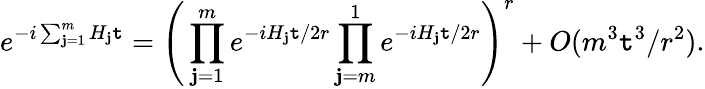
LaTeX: e^{-i\sum_{\mathbf{j}=1}^{m}H_{\mathbf{j}}\mathtt{t}}=\Bigg(\prod_{\mathbf{j}=1}^{m}e^{-iH_{\mathbf{j}}\mathtt{t}/2r}\prod_{\mathbf{j}=m}^{1}e^{-iH_{\mathbf{j}}\mathtt{t}/2r}\Bigg)^{r}+O(m^{3}\mathtt{t}^{3}/r^{2}).